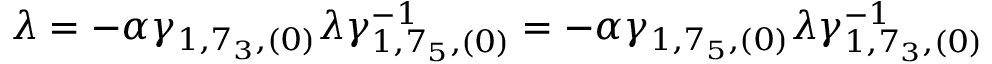
\lambda = - \alpha \gamma _ { 1 , 7 _ { 3 } , ( 0 ) } \lambda \gamma _ { 1 , 7 _ { 5 } , ( 0 ) } ^ { - 1 } = - \alpha \gamma _ { 1 , 7 _ { 5 } , ( 0 ) } \lambda \gamma _ { 1 , 7 _ { 3 } , ( 0 ) } ^ { - 1 }